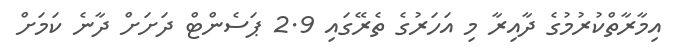
އިމާރާތްކުރުމުގެ ދާއިރާ މި އަހަރުގެ ތެރޭގައި 2.9 ޕަސެންޓް ދަށަށް ދާނެ ކަމަށް